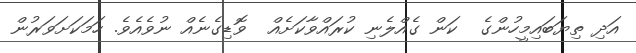
އަދި ތިޔަބައިމީހުންގެ  ކަން ގެއްލެނި ކުރައްވާކަށެއް  ވޮޑިގެނެއް ނުވެއެވެ. ހަމަކަށަވަރުން